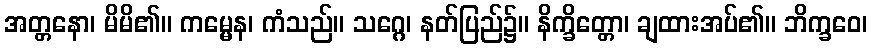
အတ္တနော၊ မိမိ၏။ ကမ္မေန၊ ကံသည်။ သဂ္ဂေ၊ နတ်ပြည်၌။ နိက္ခိတ္တော၊ ချထားအပ်၏။ ဘိက္ခဝေ၊